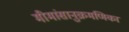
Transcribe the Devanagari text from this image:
मीमांसानुक्रमणिका